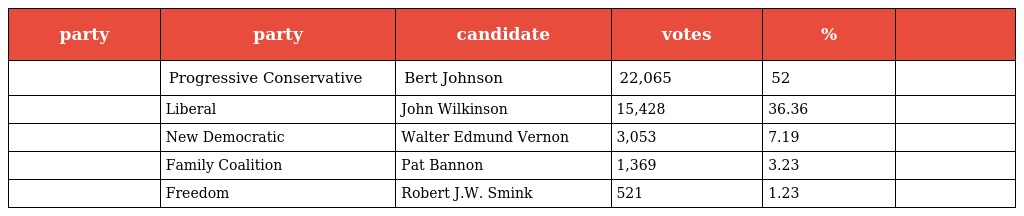
| party | party | candidate | votes | % |  |
 | --- | --- | --- | --- | --- | --- |
 |  | Progressive Conservative | Bert Johnson | 22,065 | 52 |  |
 |  | Liberal | John Wilkinson | 15,428 | 36.36 |  |
 |  | New Democratic | Walter Edmund Vernon | 3,053 | 7.19 |  |
 |  | Family Coalition | Pat Bannon | 1,369 | 3.23 |  |
 |  | Freedom | Robert J.W. Smink | 521 | 1.23 |  |